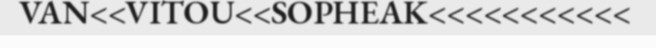
VAN<<VITOU<<SOPHEAK<<<<<<<<<<<